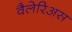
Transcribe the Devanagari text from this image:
वैलेरिअस